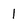
Character: I